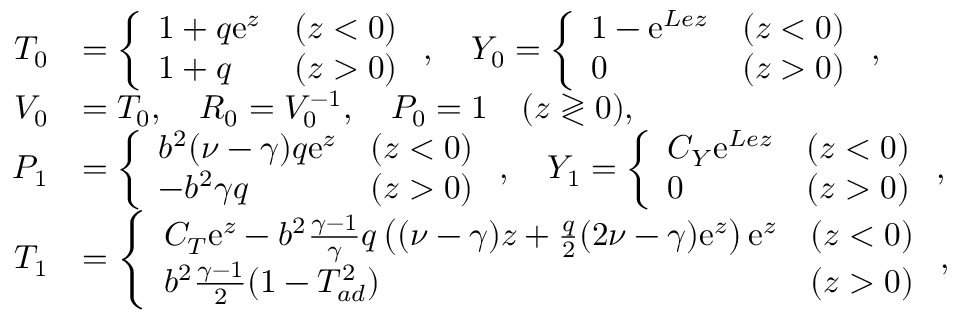
\begin{array} { r l } { { T } _ { 0 } } & { = \left\{ \begin{array} { l l l } { 1 + q \mathrm { e } ^ { z } } & { ( z < 0 ) } \\ { 1 + q } & { ( z > 0 ) } \end{array} \right. , \quad { Y } _ { 0 } = \left\{ \begin{array} { l l l } { 1 - \mathrm { e } ^ { L e z } } & { ( z < 0 ) } \\ { 0 } & { ( z > 0 ) } \end{array} \right. , } \\ { { V } _ { 0 } } & { = { T } _ { 0 } , \quad { R } _ { 0 } = { V } _ { 0 } ^ { - 1 } , \quad { P } _ { 0 } = 1 \quad ( z \gtrless 0 ) , } \\ { { P } _ { 1 } } & { = \left\{ \begin{array} { l l l } { b ^ { 2 } ( \nu - \gamma ) q \mathrm { e } ^ { z } } & { ( z < 0 ) } \\ { - b ^ { 2 } \gamma q } & { ( z > 0 ) } \end{array} \right. , \quad { Y } _ { 1 } = \left\{ \begin{array} { l l l } { C _ { Y } \mathrm { e } ^ { L e z } } & { ( z < 0 ) } \\ { 0 } & { ( z > 0 ) } \end{array} \right. , } \\ { { T } _ { 1 } } & { = \left\{ \begin{array} { l l l } { C _ { T } \mathrm { e } ^ { z } - b ^ { 2 } \frac { \gamma - 1 } { \gamma } q \left( ( \nu - \gamma ) z + \frac { q } { 2 } ( 2 \nu - \gamma ) \mathrm { e } ^ { z } \right) \mathrm { e } ^ { z } } & { ( z < 0 ) } \\ { b ^ { 2 } \frac { \gamma - 1 } { 2 } ( 1 - T _ { a d } ^ { 2 } ) } & { ( z > 0 ) } \end{array} \right. , } \end{array}